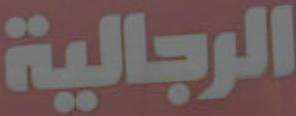
الرجالية